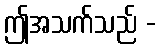
ဤအသက်သည် -